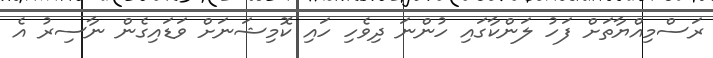
ރަސްމިއްޔާތަށް ފަހު ލަންކާގައި ހުންނަ ދިވެހި ހައި ކޮމިޝަނަށް ވަޑައިގެން ނާސިރު އެ